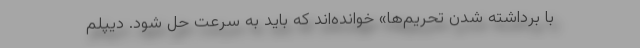
با برداشته شدن تحریم‌ها» خوانده‌اند که باید به سرعت حل شود. دیپلم